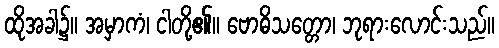
ထိုအခါ၌။ အမှာကံ၊ ငါတို့၏။ ဗောဓိသတ္တော၊ ဘုရားလောင်းသည်။